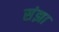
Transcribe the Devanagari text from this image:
संझा